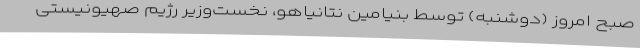
صبح امروز (دوشنبه) توسط بنیامین نتانیاهو، نخست‌وزیر رژیم صهیونیستی